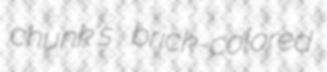
chunk's brick-colored